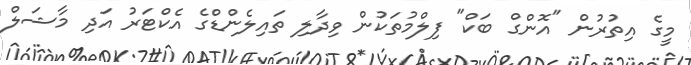
މީގެ އިތުރުން "އޮންގް ބަކް" ފިލްމުތަކުން ވިދާލި ތައިލެންޑްގެ އެކްޓަރު އަދި މާޝަލް